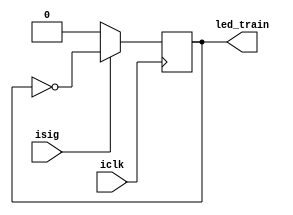
module led (isig,iclk,led_train);

input isig;
input iclk;
 
output	reg led_train=0;

always @ (posedge iclk)begin
	if(isig==1)begin
		led_train <= ~led_train;
	end
	else if(isig==0)begin
		led_train <= 1'b0;
	end
end

endmodule